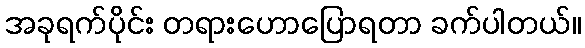
အခုရက်ပိုင်း တရားဟောပြောရတာ ခက်ပါတယ်။